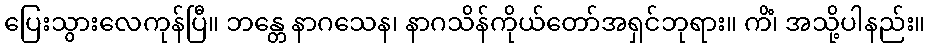
ပြေးသွားလေကုန်ပြီ။ ဘန္တေ နာဂသေန၊ နာဂသိန်ကိုယ်တော်အရှင်ဘုရား။ ကိံ၊ အသို့ပါနည်း။